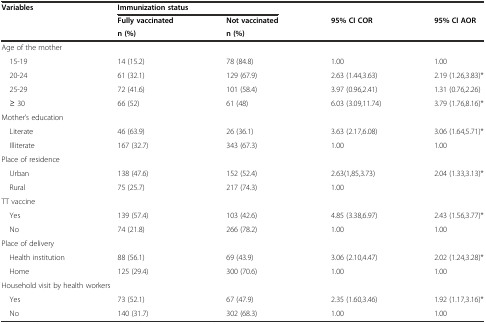
| <ROWSPAN=3> Variables | <COLSPAN=2> Immunization status |  |  |
 | Fully vaccinated | Not vaccinated | <ROWSPAN=2> 95% CI COR | <ROWSPAN=2> 95% CI AOR |
 | n (%) | n (%) |
 | --- | --- | --- | --- | --- |
 | <COLSPAN=5> Age of the mother |
 | 15-19 | 14 (15.2) | 78 (84.8) | 1.00 | 1.00 |
 | 20-24 | 61 (32.1) | 129 (67.9) | 2.63 (1.44,3.63) | 2.19 (1.26,3.83)* |
 | 25-29 | 72 (41.6) | 101 (58.4) | 3.97 (0.96,2.41) | 1.31 (0.76,2.26) |
 | ≥ 30 | 66 (52) | 61 (48) | 6.03 (3.09,11.74) | 3.79 (1.76,8.16)* |
 | <COLSPAN=5> Mother’s education |
 | Literate | 46 (63.9) | 26 (36.1) | 3.63 (2.17,6.08) | 3.06 (1.64,5.71)* |
 | Illiterate | 167 (32.7) | 343 (67.3) | 1.00 | 1.00 |
 | <COLSPAN=5> Place of residence |
 | Urban | 138 (47.6) | 152 (52.4) | 2.63(1,85,3.73) | 2.04 (1.33,3.13)* |
 | Rural | 75 (25.7) | 217 (74.3) | 1.00 |  |
 | <COLSPAN=5> TT vaccine |
 | Yes | 139 (57.4) | 103 (42.6) | 4.85 (3.38,6.97) | 2.43 (1.56,3.77)* |
 | No | 74 (21.8) | 266 (78.2) | 1.00 | 1.00 |
 | <COLSPAN=5> Place of delivery |
 | Health institution | 88 (56.1) | 69 (43.9) | 3.06 (2.10,4.47) | 2.02 (1.24,3.28)* |
 | Home | 125 (29.4) | 300 (70.6) | 1.00 | 1.00 |
 | <COLSPAN=5> Household visit by health workers |
 | Yes | 73 (52.1) | 67 (47.9) | 2.35 (1.60,3.46) | 1.92 (1.17,3.16)* |
 | No | 140 (31.7) | 302 (68.3) | 1.00 | 1.00 |